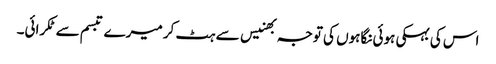
اس کی بہکی ہوئی نگاہوں کی توجہ بھنیس سے ہٹ کر میرے تبسم سے ٹکرائی۔